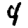
Digit: 4